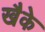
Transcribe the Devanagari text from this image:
खैके